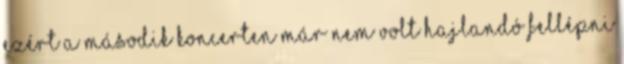
ezért a második koncerten már nem volt hajlandó fellépni